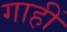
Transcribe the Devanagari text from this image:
गाहीं